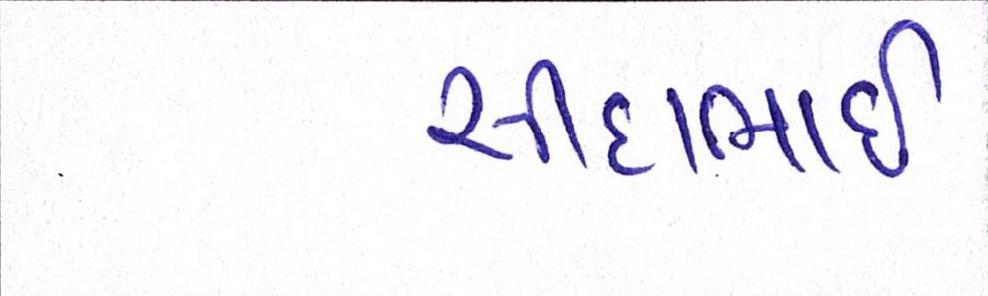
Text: સીદાભાઈ